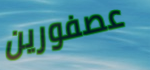
عصفورين